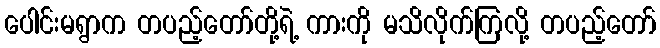
ပေါင်းမရွာက တပည့်တော်တို့ရဲ့ ကားကို မသိလိုက်ကြလို့ တပည့်တော်